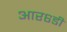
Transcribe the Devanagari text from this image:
आर६डी